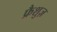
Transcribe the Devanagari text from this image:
फ्रैशुज़